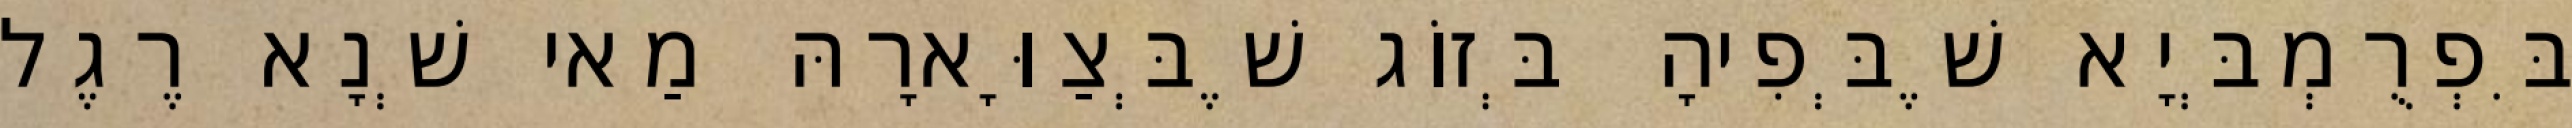
בִּפְרֻמְבְּיָא שֶׁבְּפִיהָ בְּזוֹג שֶׁבְּצַוָּארָהּ מַאי שְׁנָא רֶגֶל